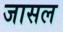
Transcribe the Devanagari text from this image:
जासल